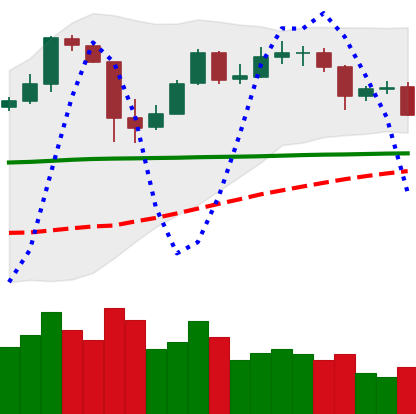
Ticker: BTC-USD
Chart end date: 2020-05-24
Forward return: 7.38%
Label: up_7plus